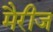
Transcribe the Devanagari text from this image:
मैरीज